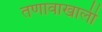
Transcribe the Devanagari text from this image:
तणावाखाली